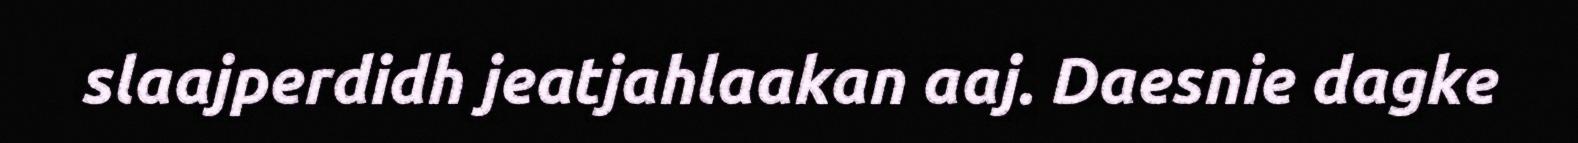
slaajperdidh jeatjahlaakan aaj. Daesnie dagke